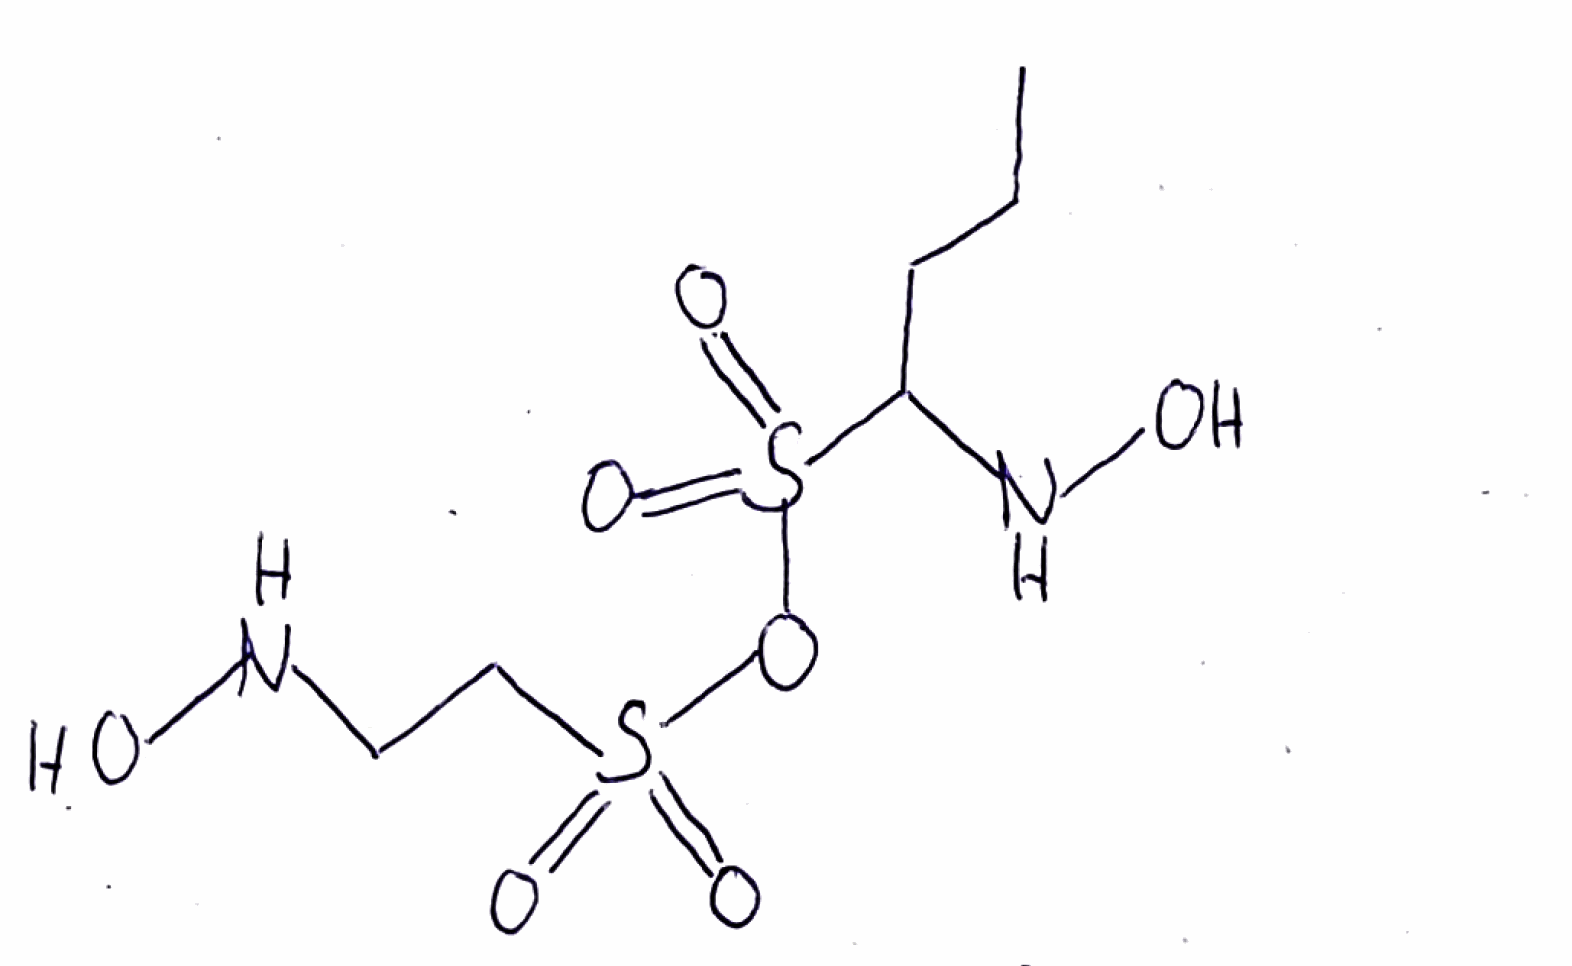
Simplified molecular-input line-entry system (SMILES) notation of the given molecule:
CCCC(NO)S(=O)(=O)OS(=O)(=O)CCNO